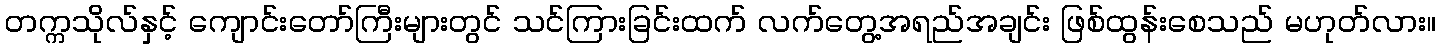
တက္ကသိုလ်နှင့် ကျောင်းတော်ကြီးများတွင် သင်ကြားခြင်းထက် လက်တွေ့အရည်အချင်း ဖြစ်ထွန်းစေသည် မဟုတ်လား။